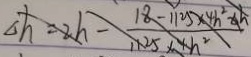
\Delta h = 2 h - \frac { 1 8 - 1 1 2 5 \times 4 h ^ { 2 } - 6 h } { 1 1 2 5 \times 4 h ^ { 2 } }